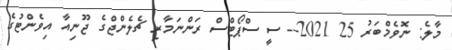
މާލެ: ނޮވެމްބަރު 25 2021-- ސީ ސްޕޯޓްސް ރަންނަމާރި ޗެލެންޖްގެ ޖޫނިއާ އިވެންޓުގެ